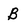
Character: B